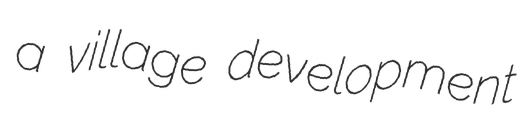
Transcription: a village development